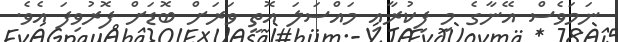
ނަމަވެސް އޭނާގެ މި ފިކުރާއި މައްސަލަ އޮތީ ވަރަށް ބޮޑަށް ފޮރުވިފަ އެވެ.